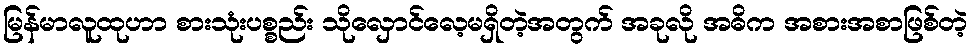
မြန်မာလူထုဟာ စားသုံးပစ္စည်း သိုလှောင်လေ့မရှိတဲ့အတွက် အခုလို အဓိက အစားအစာဖြစ်တဲ့